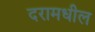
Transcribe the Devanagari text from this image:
दरामधील